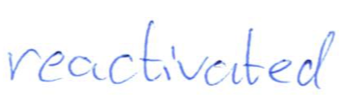
Text: reactivated
Cross-out: clean
Writing tool: ballpoint